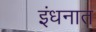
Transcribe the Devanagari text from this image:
इंधनात